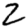
Digit: 2